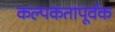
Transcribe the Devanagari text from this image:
कल्पकतापूर्वक